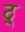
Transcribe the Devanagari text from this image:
ठ्र्